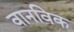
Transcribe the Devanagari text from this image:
वानविक